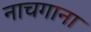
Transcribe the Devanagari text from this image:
नाचगाना